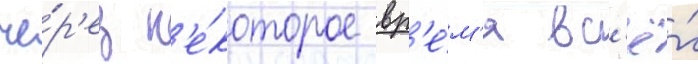
че́р'ез н'е́которое вр'е́м'я вс'ё́